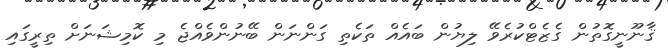
ޤާނޫނީގޮތުން ގެޒެޓްކުރެވޭ ލިޔުން ބައެއް ތަކެތި ގަންނަން ބޭނުންވެއްޖެ މި ކޮމިޝަނަށް ތިރީގައި